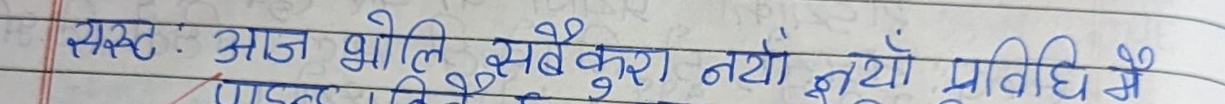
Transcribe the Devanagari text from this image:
सस्नः आज भोलि सबैकुरा नयो नयो प्रविधि में